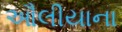
ઔલીયાના